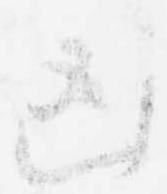
凶